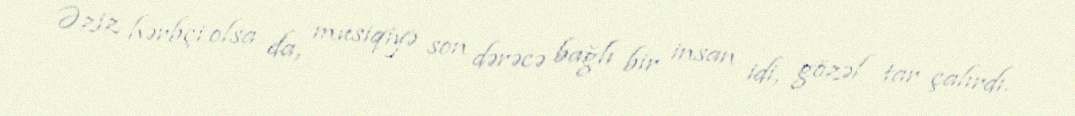
Əziz hərbçi olsa da, musiqiyə son dərəcə bağlı bir insan idi, gözəl tar çalırdı.